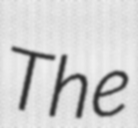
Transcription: The